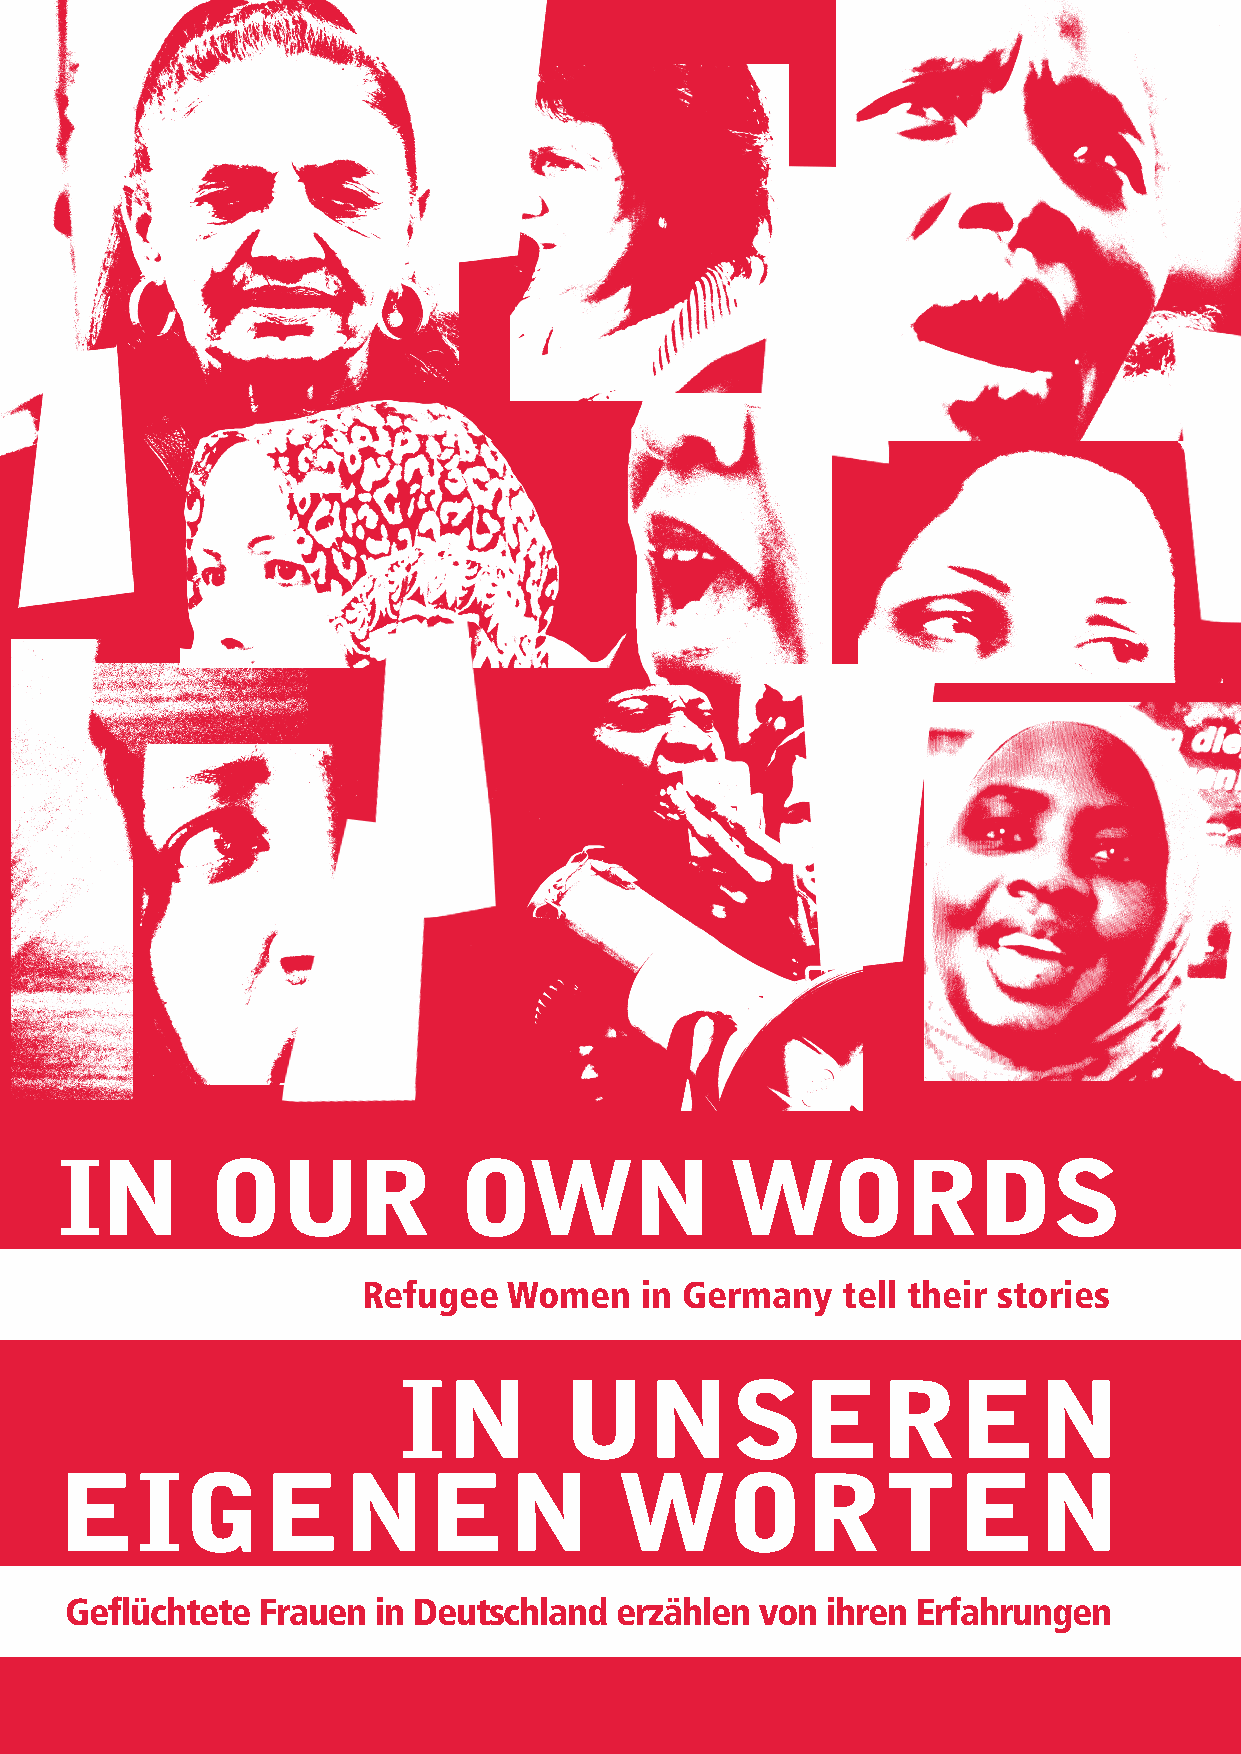
IN       OUR              OWN               WORDS
 Refugee   Women   in Germany    tell their stories
 IN         UNSEREN
 EIGENEN                              WORTEN
 Geflüchtete  Frauen  in Deutschland  erzählen von  ihren Erfahrungen